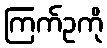
ကြက်ဥကို